Vaccination report Assam 1896-1927 - 1896-1927
Year: 1896
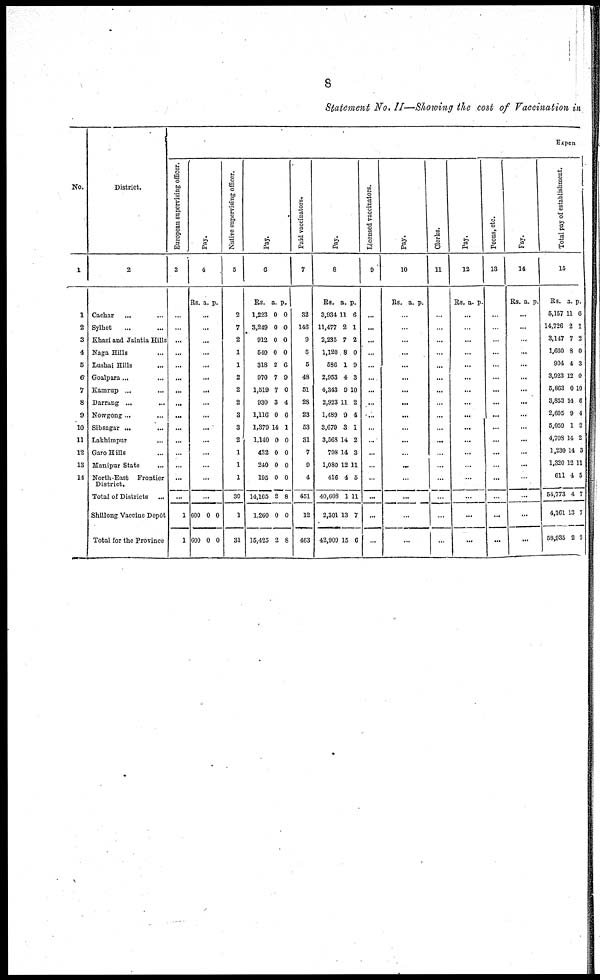
8
Statement No. II—Showing the cost of Vaccination in
No.
1
1
2
3
4
5
6
7
8
9
10
11
12
13
14
District.
2
Cachar
... ...
Sylhet
... ...
Khasi and Jaintia Hills
Naga Hills ... ...
Lushai Hills ... ...
Goalpara ... ...
Kamrup ... ...
Darrang ... ...
Nowgong ... ...
Sibsagar ... ...
Lakhimpur ...
Garo Hills ...
Manipur State ...
North-East Frontier
District.
Total of Districts ...
Shillong Vaccine Depôt
Total for the Province
Expen
European supervising officer.
3
...
...
...
...
...
...
...
...
...
...
...
...
...
...
...
1
1
Pay.
4
Rs. a. p.
...
...
...
...
...
...
...
...
...
...
...
...
...
...
...
600
600
0
0
0
0
Native supervising officer.
5
2
7
2
1
1
2
2
2
3
3
2
1
1
1
30
1
31
Pay.
6
Rs.
1,223
3,249
912
540
318
970
1,519
930
1,116
1,379
1,140
482
240
195
14,105
1,260
15,425
a.
0
0
0
0
2
7
7
3
0
14
0
0
0
0
2
0
2
p.
0
0
0
0
6
9
0
4
0
1
0
0
0
0
8
0
8
Paid vaccinators.
7
32
146
9
5
5
48
51
28
23
53
31
7
9
4
451
12
463
Pay.
8
Rs.
3,934
11,477
2,235
1,120
586
2,953
4,343
2,923
1,489
3,679
3,568
798
1,080
416
40,608
2,301
42,909
a.
11
2
7
8
1
4
9
11
9
3
14
14
12
4
1
13
15
p.
6
1
2
0
9
3
10
2
4
1
2
3
11
5
11
7
6
Licensed vaccinators.
9
...
...
...
...
...
...
...
...
...
...
...
...
...
...
...
...
...
Pay.
10
Rs. a. p.
...
...
...
...
...
...
...
...
...
...
...
...
...
...
...
...
...
Clerks.
11
...
...
...
...
...
...
...
...
...
...
...
...
...
...
...
...
...
Pay.
12
Rs. a. p.
...
...
...
...
...
...
...
...
...
...
...
...
...
...
...
...
...
Peons, etc.
13
...
...
...
...
...
...
...
...
...
...
...
...
...
...
...
...
...
Pay.
14
Rs. a p.
...
...
...
...
...
...
...
...
...
...
...
...
...
...
...
...
...
Total pay of establishment.
15
Rs.
5,157
14,726
3,147
1,660
904
3,923
5,863
3,853
2,605
5,059
4,708
1,230
1,320
611
54,773
4,161
58,935
a.
11
2
7
8
4
12
0
14
9
1
14
14
12
4
4
13
2
p.
6
1
2
0
3
0
10
6
4
2
2
3
11
5
7
7
9